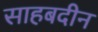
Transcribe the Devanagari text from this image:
साहबदीन